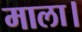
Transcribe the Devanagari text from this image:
माला।